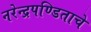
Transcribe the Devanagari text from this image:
नरेन्द्रपण्डिताचे